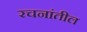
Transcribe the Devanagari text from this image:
रचनांतील